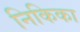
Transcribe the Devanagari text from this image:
निकिका